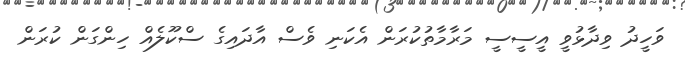
ވަހީދު ވިދާޅުވީ އީސީސީ މަރާމާތުކުރަން އެކަނި ވެސް އާދައިގެ ސްކޫލެއް ހިންގަން ކުރަން